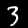
Label: 3